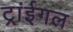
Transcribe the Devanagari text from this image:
ट्रांईगल